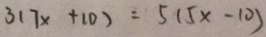
3 ( 7 x + 1 0 ) = 5 ( 5 x - 1 0 )